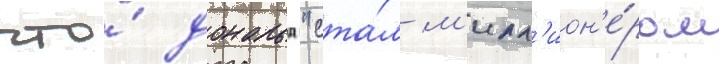
что́ дональд "ста́л м'илл'ион'е́ром